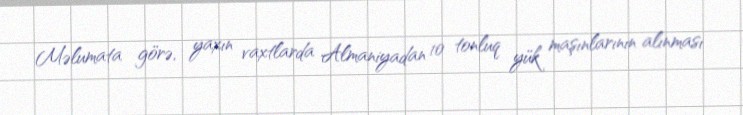
Məlumata görə, yaxın vaxtlarda Almaniyadan 10 tonluq yük maşınlarının alınması